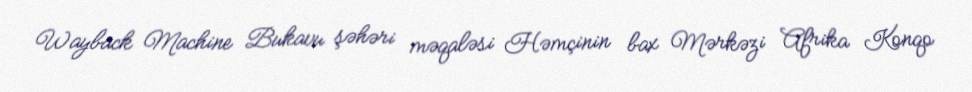
Wayback Machine Bukavu şəhəri məqaləsi Həmçinin bax Mərkəzi Afrika Konqo